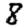
Digit: 8